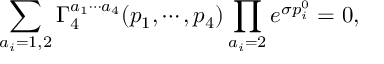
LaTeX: \sum _ { a _ { i } = 1 , 2 } \Gamma _ { 4 } ^ { a _ { 1 } \cdots a _ { 4 } } ( p _ { 1 } , \cdots , p _ { 4 } ) \prod _ { a _ { i } = 2 } e ^ { \sigma p _ { i } ^ { 0 } } = 0 ,